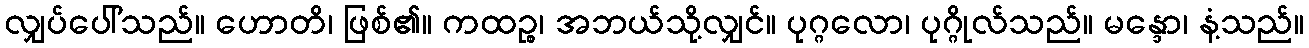
လျှပ်ပေါ်သည်။ ဟောတိ၊ ဖြစ်၏။ ကထဉ္စ၊ အဘယ်သို့လျှင်။ ပုဂ္ဂလော၊ ပုဂ္ဂိုလ်သည်။ မန္ဒော၊ နံ့သည်။